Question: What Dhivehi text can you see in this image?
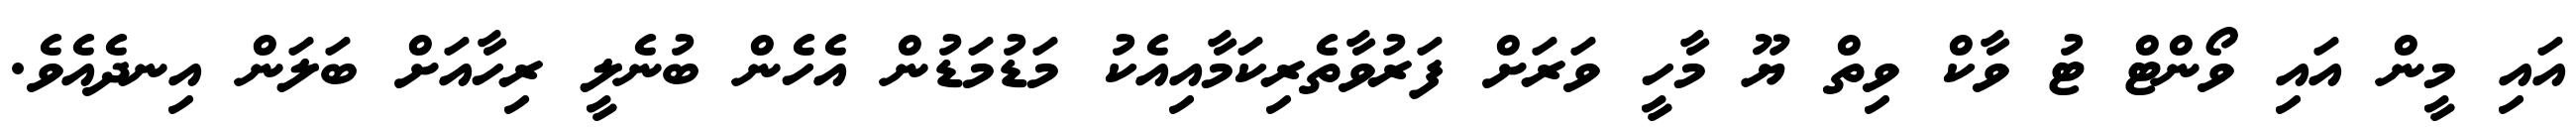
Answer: އައި މީން އައި ވޯންޓް ޓު ވާކް ވިތް ޔޫ މާހީ ވަރަށް ފަރުވާތެރިކަމާއިއެކު މަޑުމަޑުން އެހެން ބުނެލީ ރިހާއަށް ބަލަން އިނދެއެވެ.